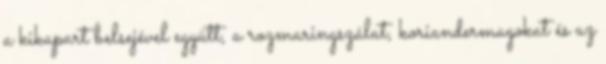
a kikapart belsejével együtt, a rozmaringszálat, koriandermagokat és az